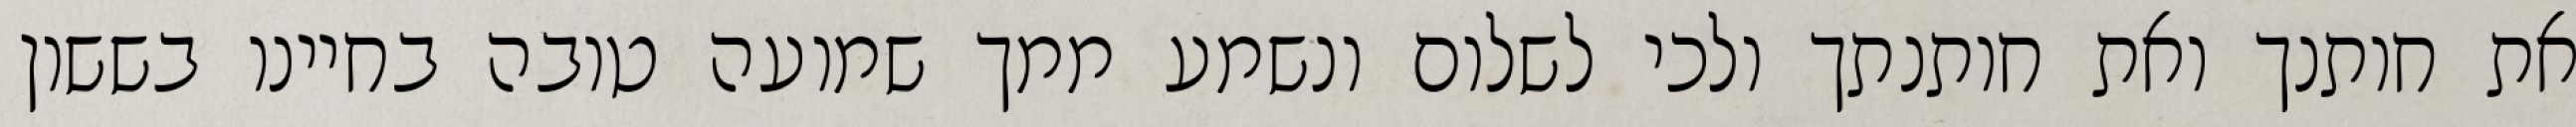
את חותנך ואת חותנתך ולכי לשלום ונשמע ממך שמועה טובה בחיינו בששון